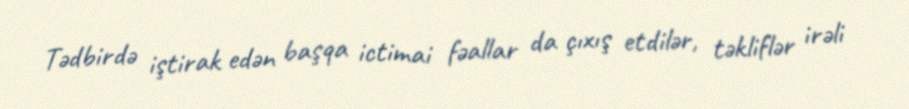
Tədbirdə iştirak edən başqa ictimai fəallar da çıxış etdilər, təkliflər irəli